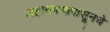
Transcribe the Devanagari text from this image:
लहानपणापासूनचे